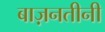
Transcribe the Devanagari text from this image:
बाज़नतीनी